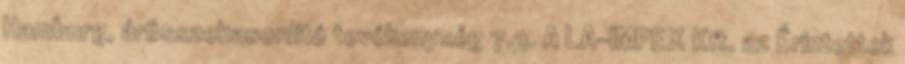
Hamburg, árösszehasonlító tevékenység 7.3. A LA-IMPEX Kft. az Érintettek